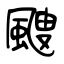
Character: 颼